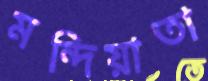
মন্দিয়াতা